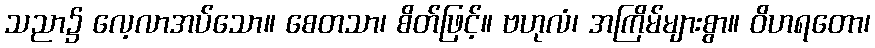
သညာ၌ လေ့လာအပ်သော။ စေတသာ၊ စိတ်ဖြင့်။ ဗဟုလံ၊ အကြိမ်များစွာ။ ဝိဟရတော၊